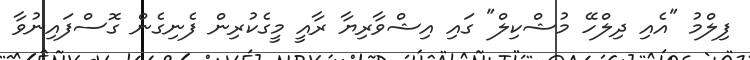
ފިލްމު "އެއި ދިލްހޭ މުޝްކިލް" ގައި އިޝްވާރިޔާ ރާއީ މީގެކުރިން ފެނިގެން ގޮސްފައިނުވާ